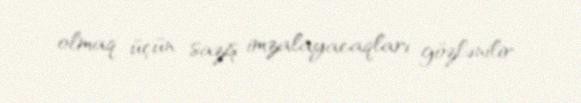
olmaq üçün saziş imzalayacaqları gözlənilir.